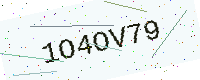
Text: 1O4OV79